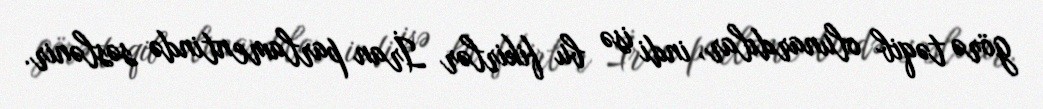
görə təqib olunardılar, indi isə bu fikirlər İran parlamentində səslənir.